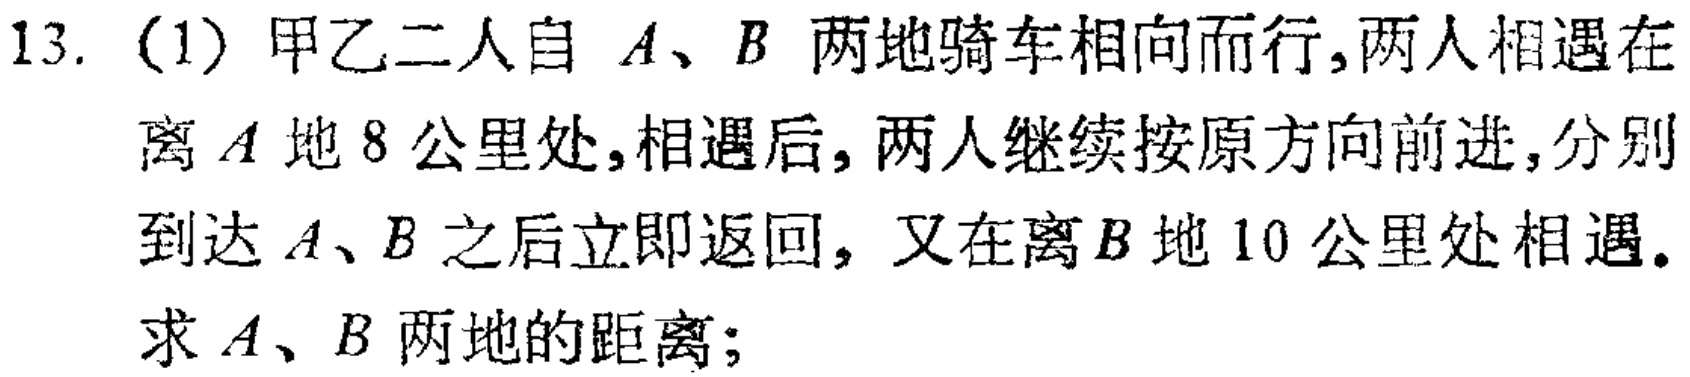
13. (1) 甲乙二人自 \(A、B\) 两地骑车相向而行,两人相遇在离 \(A\) 地 \(8\) 公里处,相遇后, 两人继续按原方向前进,分别到达 \(A、B\) 之后立即返回，又在离 \(B\) 地 \(10\) 公里处相遇。求 \(A、B\) 两地的距离；